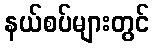
နယ်စပ်များတွင်